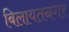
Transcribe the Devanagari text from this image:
बिलायतनगर